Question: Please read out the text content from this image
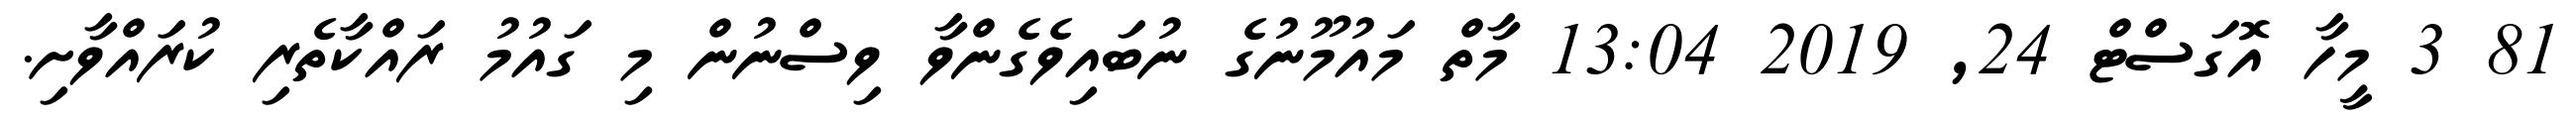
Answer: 81 3 މީހާ އޮގަސްޓް 24, 2019 13:04 މާތް މައުމޫނުގެ ނުބައިވެގެންވާ ވިސްނުން މި ގައުމު ރައްކާތެރި ކުރައްވާށި.